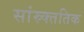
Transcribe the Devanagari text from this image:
सांस्र्क्ततिक